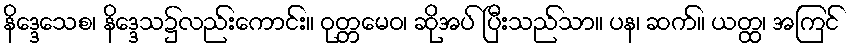
နိဒ္ဒေသေစ၊ နိဒ္ဒေသ၌လည်းကောင်း။ ဝုတ္တမေဝ၊ ဆိုအပ် ပြီးသည်သာ။ ပန၊ ဆက်။ ယတ္ထ၊ အကြင်